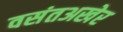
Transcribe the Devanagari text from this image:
वसंतअखेर